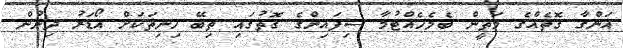
އަންގާ ގޮތެއްގެ މަތީން ބެލެހެއްޓުމާ ސިފައިންގެ ގޮތުގައި ތިބޭ ހިނިތަކަށް އޯޑަރު ދިނުން